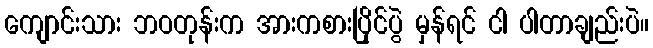
ကျောင်းသား ဘဝတုန်းက အားကစားပြိုင်ပွဲ မှန်ရင် ငါ ပါတာချည်းပဲ။